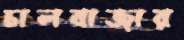
চালবাজার